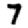
Digit: 7